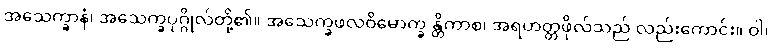
အသေက္ခာနံ၊ အသေက္ခပုဂ္ဂိုလ်တို့၏။ အသေက္ခဖလဝိမောက္ခ န္တိကာစ၊ အရဟတ္တဖိုလ်သည် လည်းကောင်း။ ဝါ၊